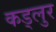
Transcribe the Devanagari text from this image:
कड्लुर